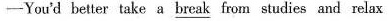
-You'd better take a \underline{break} from studies and relax